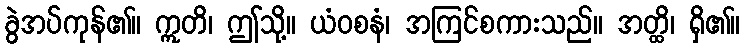
ခွဲအပ်ကုန်၏။ ဣတိ၊ ဤသို့။ ယံဝစနံ၊ အကြင်စကားသည်။ အတ္ထိ၊ ရှိ၏။